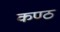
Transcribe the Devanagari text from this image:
कण्‍ठ